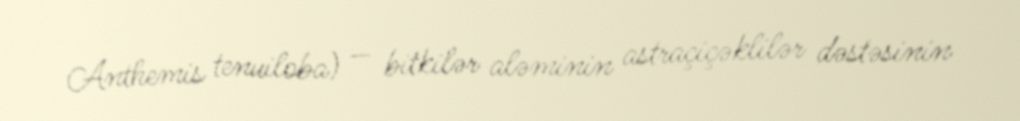
Anthemis tenuiloba) — bitkilər aləminin astraçiçəklilər dəstəsinin